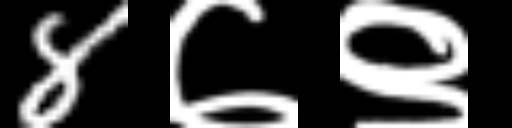
Text: 8७९